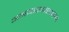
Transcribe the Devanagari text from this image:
अभयारण्यातला